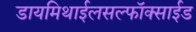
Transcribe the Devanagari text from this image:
डायमिथाईलसल्फॉक्साईड